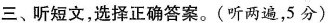
三、听短文，选择正确答案。(听两遍，5 分)